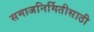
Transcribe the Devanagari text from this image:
समाजनिर्मितीसाठी